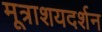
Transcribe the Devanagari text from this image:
मूत्राशयदर्शन